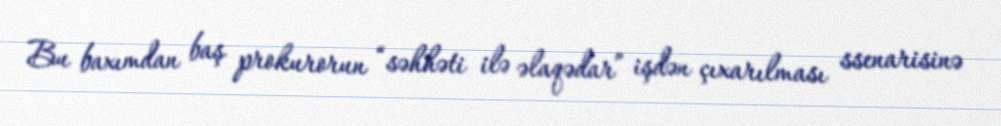
Bu baxımdan baş prokurorun “səhhəti ilə əlaqədar” işdən çıxarılması ssenarisinə